Source: Computer-generated
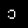
Digit: ၁ (1)